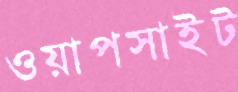
ওয়াপসাইট